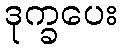
ဒုက္ခပေး